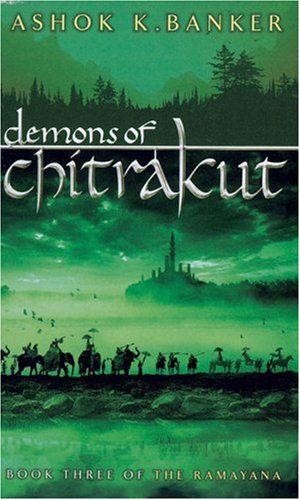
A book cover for Demons of Chitrakut (Ramayana series); Ashok K. Banker; Religion & Spirituality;